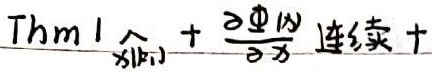
Thm1 \(\underset{x(k_1)}{\wedge}+\frac{\partial \varPhi (x)}{\partial x}\) 连续+